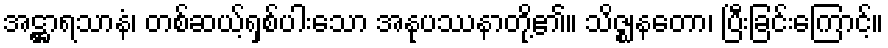
အဋ္ဌာရသာနံ၊ တစ်ဆယ့်ရှစ်ပါးသော အနုပဿနာတို့၏။ သိဇ္ဈနတော၊ ပြီးခြင်းကြောင့်။